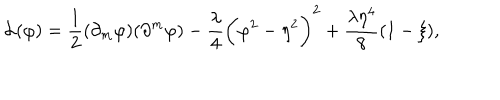
{ \cal L } ( \varphi ) = \frac { 1 } { 2 } ( \partial _ { m } \varphi ) ( \partial ^ { m } \varphi ) - \frac { \lambda } { 4 } \biggl ( \varphi ^ { 2 } - \eta ^ { 2 } \biggr ) ^ { 2 } + \frac { \lambda \eta ^ { 4 } } { 8 } ( 1 - \xi ) ,